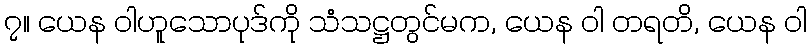
၇။ ယေန ဝါဟူသောပုဒ်ကို သံသဋ္ဌတွင်မက, ယေန ဝါ တရတိ, ယေန ဝါ